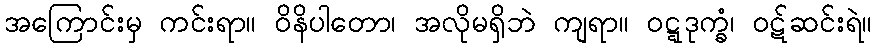
အကြောင်းမှ ကင်းရာ။ ဝိနိပါတော၊ အလိုမရှိဘဲ ကျရာ။ ဝဋ္ဋဒုက္ခံ၊ ဝဋ်ဆင်းရဲ။